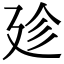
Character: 𢌝